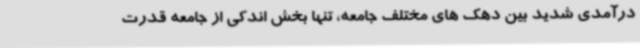
درآمدی شدید بین دهک های مختلف جامعه، تنها بخش اندکی از جامعه قدرت